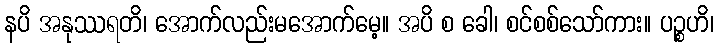
နပိ အနုဿရတိ၊ အောက်လည်းမအောက်မေ့။ အပိ စ ခေါ၊ စင်စစ်သော်ကား။ ပဉ္စဟိ၊